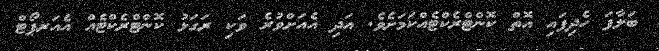
ބަލާފަ ހެދިފައި އޮތް ކޮންޓްރެކްޓެއްކަމަށެވެ. އަަދި އެއަށްވުރެ ވަކި ރަގަޅު ކޮންޓްރެކްޓެއް އެއަރޕޯޓް